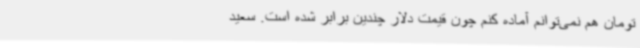
تومان هم نمی‌توانم آماده کنم چون قیمت دلار چندین برابر شده است. سعید